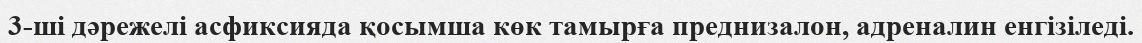
3-ші дәрежелі асфиксияда қосымша көк тамырға преднизалон, адреналин енгізіледі.